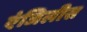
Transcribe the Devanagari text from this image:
एंजिलीस